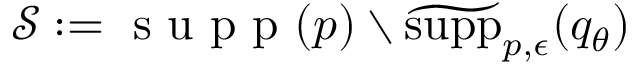
\mathcal { S } : = \textrm { s u p p } ( p ) \setminus \widetilde { \mathrm { s u p p } } _ { p , \epsilon } ( q _ { \theta } )